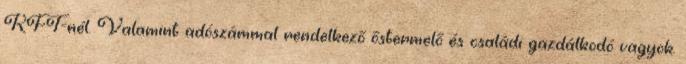
KFT-nél. Valamint adószámmal rendelkező őstermelő és családi gazdálkodó vagyok.